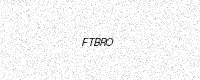
Text: FTBRO